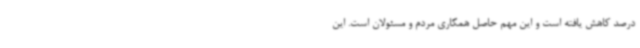
درصد کاهش یافته است و این مهم حاصل همکاری مردم و مسئولان است. این